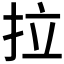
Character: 拉